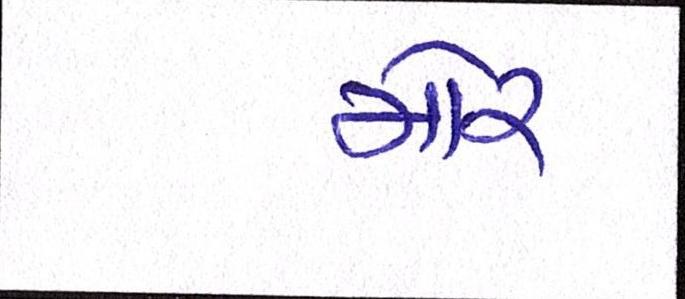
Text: મોર